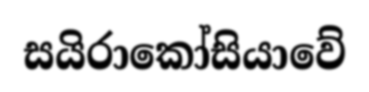
සයිරාකෝසියාවේ